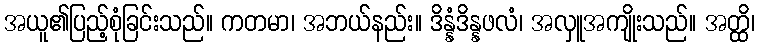
အယူ၏ပြည့်စုံခြင်းသည်။ ကတမာ၊ အဘယ်နည်း။ ဒိန္နံဒိန္နဖလံ၊ အလှူအကျိုးသည်။ အတ္ထိ၊